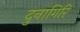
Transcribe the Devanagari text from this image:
दुनागिरि